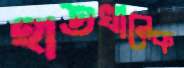
হাতখানেক